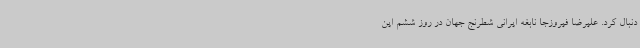
دنبال کرد. علیرضا فیروزجا نابغه ایرانی شطرنج جهان در روز ششم این